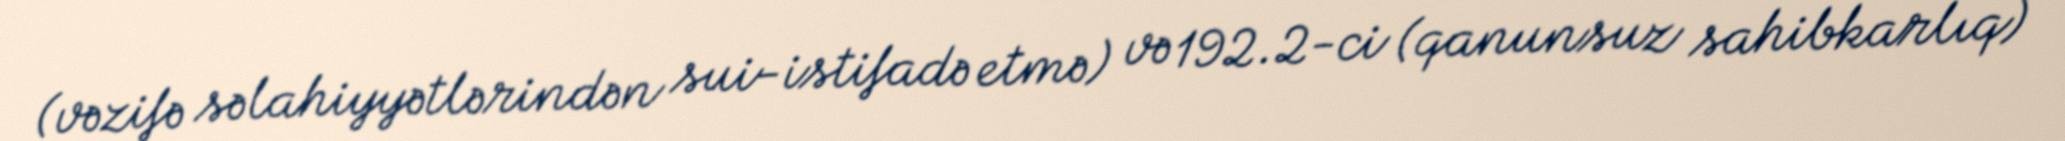
(vəzifə səlahiyyətlərindən sui-istifadə etmə) və 192.2-ci (qanunsuz sahibkarlıq)